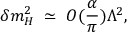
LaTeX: \delta m _ { H } ^ { 2 } \; \simeq \; { \cal O } ( { \frac { \alpha } { \pi } } ) \Lambda ^ { 2 } ,